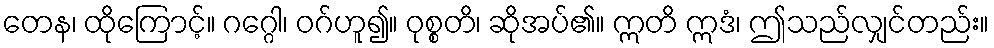
တေန၊ ထိုကြောင့်။ ဂဂ္ဂေါ၊ ဝဂ်ဟူ၍။ ဝုစ္စတိ၊ ဆိုအပ်၏။ ဣတိ ဣဒံ၊ ဤသည်လျှင်တည်း။